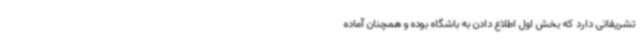
تشریفاتی دارد که بخش اول اطلاع دادن به باشگاه بوده و همچنان آماده